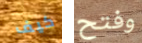
كيف وفتح